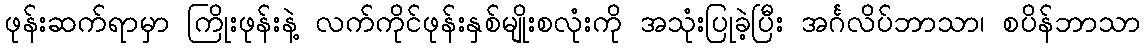
ဖုန်းဆက်ရာမှာ ကြိုးဖုန်းနဲ့ လက်ကိုင်ဖုန်းနှစ်မျိုးစလုံးကို အသုံးပြုခဲ့ပြီး အင်္ဂလိပ်ဘာသာ၊ စပိန်ဘာသာ